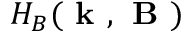
H _ { B } ( \textbf { k } , \textbf { B } )